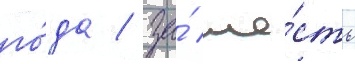
го́да / за́ ше́сть